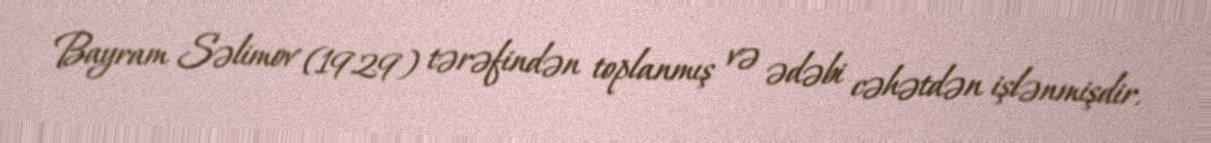
Bayram Səlimov (1929) tərəfindən toplanmış və ədəbi cəhətdən işlənmişdir.